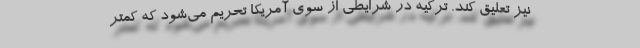
نیز تعلیق کند. ترکیه در شرایطی از سوی آمریکا تحریم می‌شود که کمتر